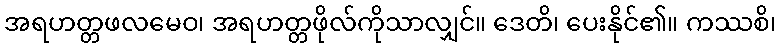
အရဟတ္တဖလမေဝ၊ အရဟတ္တဖိုလ်ကိုသာလျှင်။ ဒေတိ၊ ပေးနိုင်၏။ ကဿစိ၊